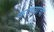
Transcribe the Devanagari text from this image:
करण्य़ाचा